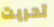
تحريت